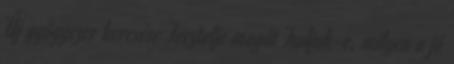
Új gyógyszer keresése Tesztelje magát Tudjuk-e, milyen a jó